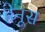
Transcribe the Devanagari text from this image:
हेनूस